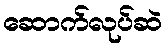
ဆောက်လုပ်ဆဲ